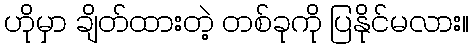
ဟိုမှာ ချိတ်ထားတဲ့ တစ်ခုကို ပြနိုင်မလား။